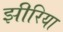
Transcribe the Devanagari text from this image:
झीरिया